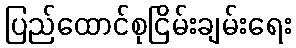
ပြည်ထောင်စုငြိမ်းချမ်းရေး